Report on plague and inoculation in the Punjab from October 1st ... to September 30th..., being the ... season of plague in the province
Disease focus: Plague
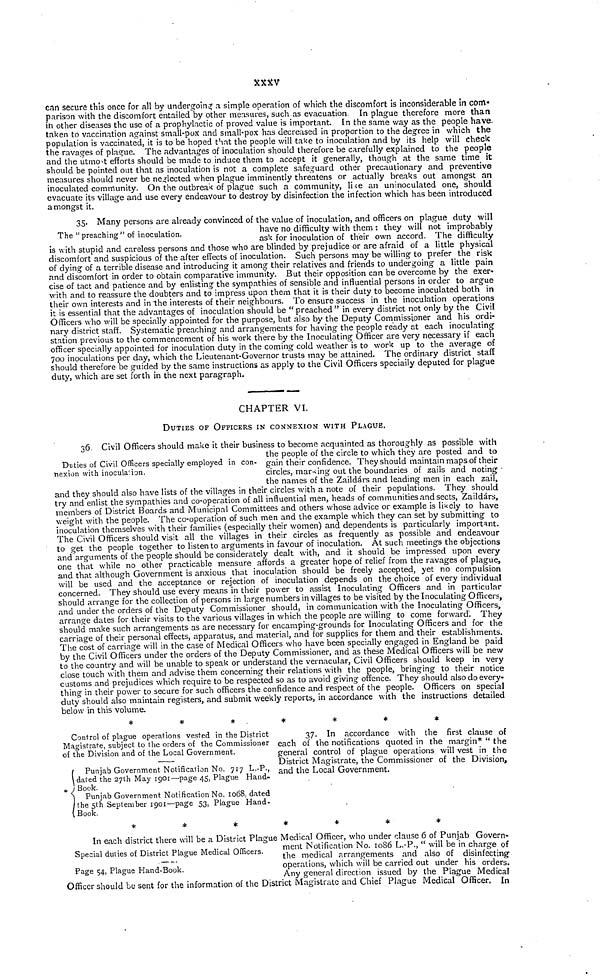
can secure this once for all by undergoing a simple operation of which the discomfort is inconsiderable in com«
parison with the discomfort entailed by other measures, such as evacuation. In plague therefore more than
in other diseases the use of a prophylactic of proved value is important. In the same way as the people have-
taken to vaccination against small-pox and small-pox has decreased in proportion to the degree in which the
population is vaccinated, it is to be hoped that the people will take to inoculation and by its help will check
the ravages of plague. The advantages of inoculation should therefore be carefully explained to the people
and the utmost efforts should be made to induce them to accept it generally, though at the same time it
should be pointed out that as inoculation is not a complete safeguard other precautionary and preventive
measures should never be neglected when plague imminently threatens or actually breaks out amongst an
inoculated community. On the outbreak of plague such a community, like an uninoculated one, should
evacuate its village and use every endeavour to destroy by disinfection the infection which has been introduced
amongst it.
The "preaching" of inoculation.
35. Many persons are already convinced of the value of inoculation, and officers on plague duty will
have no difficulty with them : they will not improbably
ask for inoculation of their own accord. The difficulty
is with stupid and careless persons and those who are blinded by prejudice or are afraid of a little physical
discomfort and suspicious of the after effects of inoculation. Such persons may be willing to prefer the risk
of dying of a terrible disease and introducing it among their relatives and friends to undergoing a little pain
and discomfort in order to obtain comparative immunity. But their opposition can be overcome by the exer-
cise of tact and patience and by enlisting the sympathies of sensible and influential persons in order to argue
with and to reassure the doubters and to impress upon them that it is their duty to become inoculated both in
their own interests and in the interests of their neighbours. To ensure success in the inoculation operations
it is essential that the advantages of inoculation should be " preached " in every district not only by the Civil
Officers who will be specially appointed for the purpose, but also by the Deputy Commissioner and his ordi-
nary district staff. Systematic preaching and arrangements for having the people ready at each inoculating
station previous to the commencement of his work there by the Inoculating Officer are very necessary if each
officer specially appointed for inoculation duty in the coming cold weather is to work up to the average of
700 inoculations per day, which the Lieutenant-Governor trusts may be attained. The ordinary district staff
should therefore be guided by the same instructions as apply to the Civil Officers specially deputed for plague
duty, which are set forth in the next paragraph.
CHAPTER VI.
DUTIES OF OFFICERS IN CONNEXION WITH PLAGUE.
Duties of Civil Officers specially employed in con-
nexion with inoculation.
36 Civil Officers should make it their business to become acquainted as thoroughly as possible with
the people of the circle to which they are posted and to
gain their confidence. They should maintain maps of their
circles, marking out the boundaries of zails and noting
the names of the Zaildárs and leading men in each zail.
and they should also have lists of the villages in their circles with a note of their populations. They should
try and enlist the sympathies and co-operation of all influential men, heads of communities and sects, Zaildárs,
members of District Boards and Municipal Committees and others whose advice or example is likely to have
weight with the people. The co-operation of such men and the example which they can set by submitting to
inoculation themselves with their families (especially their women) and dependents is particularly important.
The Civil Officers should visit all the villages in their circles as frequently as possible and endeavour
to get the people together to listen to arguments in favour of inoculation. At such meetings the objections
and arguments of the people should be considerately dealt with, and it should be impressed upon every
one that while no other practicable measure affords a greater hope of relief from the ravages of plague,
and that although Government is anxious that inoculation should be freely accepted, yet no compulsion
will be used and the acceptance or rejection of inoculation depends on the choice of every individual
concerned. They should use every means in their power to assist Inoculating Officers and in particular
should arrange for the collection of persons in large numbers in villages to be visited by the Inoculating Officers,
and under the orders of the Deputy Commissioner should, in communication with the Inoculating Officers,
arrange dates for their visits to the various villages in which the people are willing to come forward. They
should make such arrangements as are necessary for encamping-grounds for Inoculating Officers and for the
carriage of their personal effects, apparatus, and material, and for supplies for them and their establishments.
The cost of carriage will in the case of Medical Officers who have been specially engaged in England be paid
by the Civil Officers under the orders of the Deputy Commissioner, and as these Medical Officers will be new
to the country and will be unable to speak or understand the vernacular, Civil Officers should keep in very
close touch with them and advise them concerning their relations with the people, bringing to their notice
customs and prejudices which require to be respected so as to avoid giving offence. They should also do every.
thing in their power to secure for such officers the confidence and respect of the people. Officers on special
duty should also maintain registers, and submit weekly reports, in accordance with the instructions detailed
below in this volume.
*******
Control of plague operations vested in the District
Magistrate, subject to the orders of the Commissioner
of the Division and of the Local Government.
Punjab Government Notification No. 717 L.-P.,
dated the 27th May 1901—page 45, Plague Hand-
Book.
Punjab Government Notification No. 1068, dated
the 5th September 1901—page 53, Plague Hand-
Book.
37. In accordance with the first clause of
each of the notifications quoted in the margin* " the
general control of plague operations will vest in the
District Magistrate, the Commissioner of the Division,
and the Local Government.
*******
Special duties of District Plague Medical Officers.
Page 54, Plague Hand-Book.
In each district there will be a District Plague Medical Officer, who under clause 6 of Punjab Govern-
ment Notification No. 1086 L.-P., " will be in charge of
the medical arrangements and also of disinfecting
operations, which will be carried out under his orders.
Any general direction issued by the Plague Medical
Officer should be sent for the information of the District Magistrate and Chief Plague Medical Officer. In